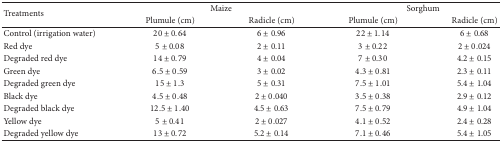
| <ROWSPAN=2> Treatments | <COLSPAN=2> Maize | <COLSPAN=2> Sorghum |
 | Plumule (cm) | Radicle (cm) | Plumule (cm) | Radicle (cm) |
 | --- | --- | --- | --- | --- |
 | Control (irrigation water) | 20 ± 0.64 | 6 ± 0.96 | 22 ± 1.14 | 6 ± 0.68 |
 | Red dye | 5 ± 0.08 | 2 ± 0.11 | 3 ± 0.22 | 2 ± 0.024 |
 | Degraded red dye | 14 ± 0.79 | 4 ± 0.04 | 7 ± 0.30 | 4.2 ± 0.15 |
 | Green dye | 6.5 ± 0.59 | 3 ± 0.02 | 4.3 ± 0.81 | 2.3 ± 0.11 |
 | Degraded green dye | 15 ± 1.3 | 5 ± 0.31 | 7.5 ± 1.01 | 5.4 ± 1.04 |
 | Black dye | 4.5 ± 0.48 | 2 ± 0.040 | 3.5 ± 0.38 | 2.9 ± 0.12 |
 | Degraded black dye | 12.5 ± 1.40 | 4.5 ± 0.63 | 7.5 ± 0.79 | 4.9 ± 1.04 |
 | Yellow dye | 5 ± 0.41 | 2 ± 0.027 | 4.1 ± 0.52 | 2.4 ± 0.28 |
 | Degraded yellow dye | 13 ± 0.72 | 5.2 ± 0.14 | 7.1 ± 0.46 | 5.4 ± 1.05 |